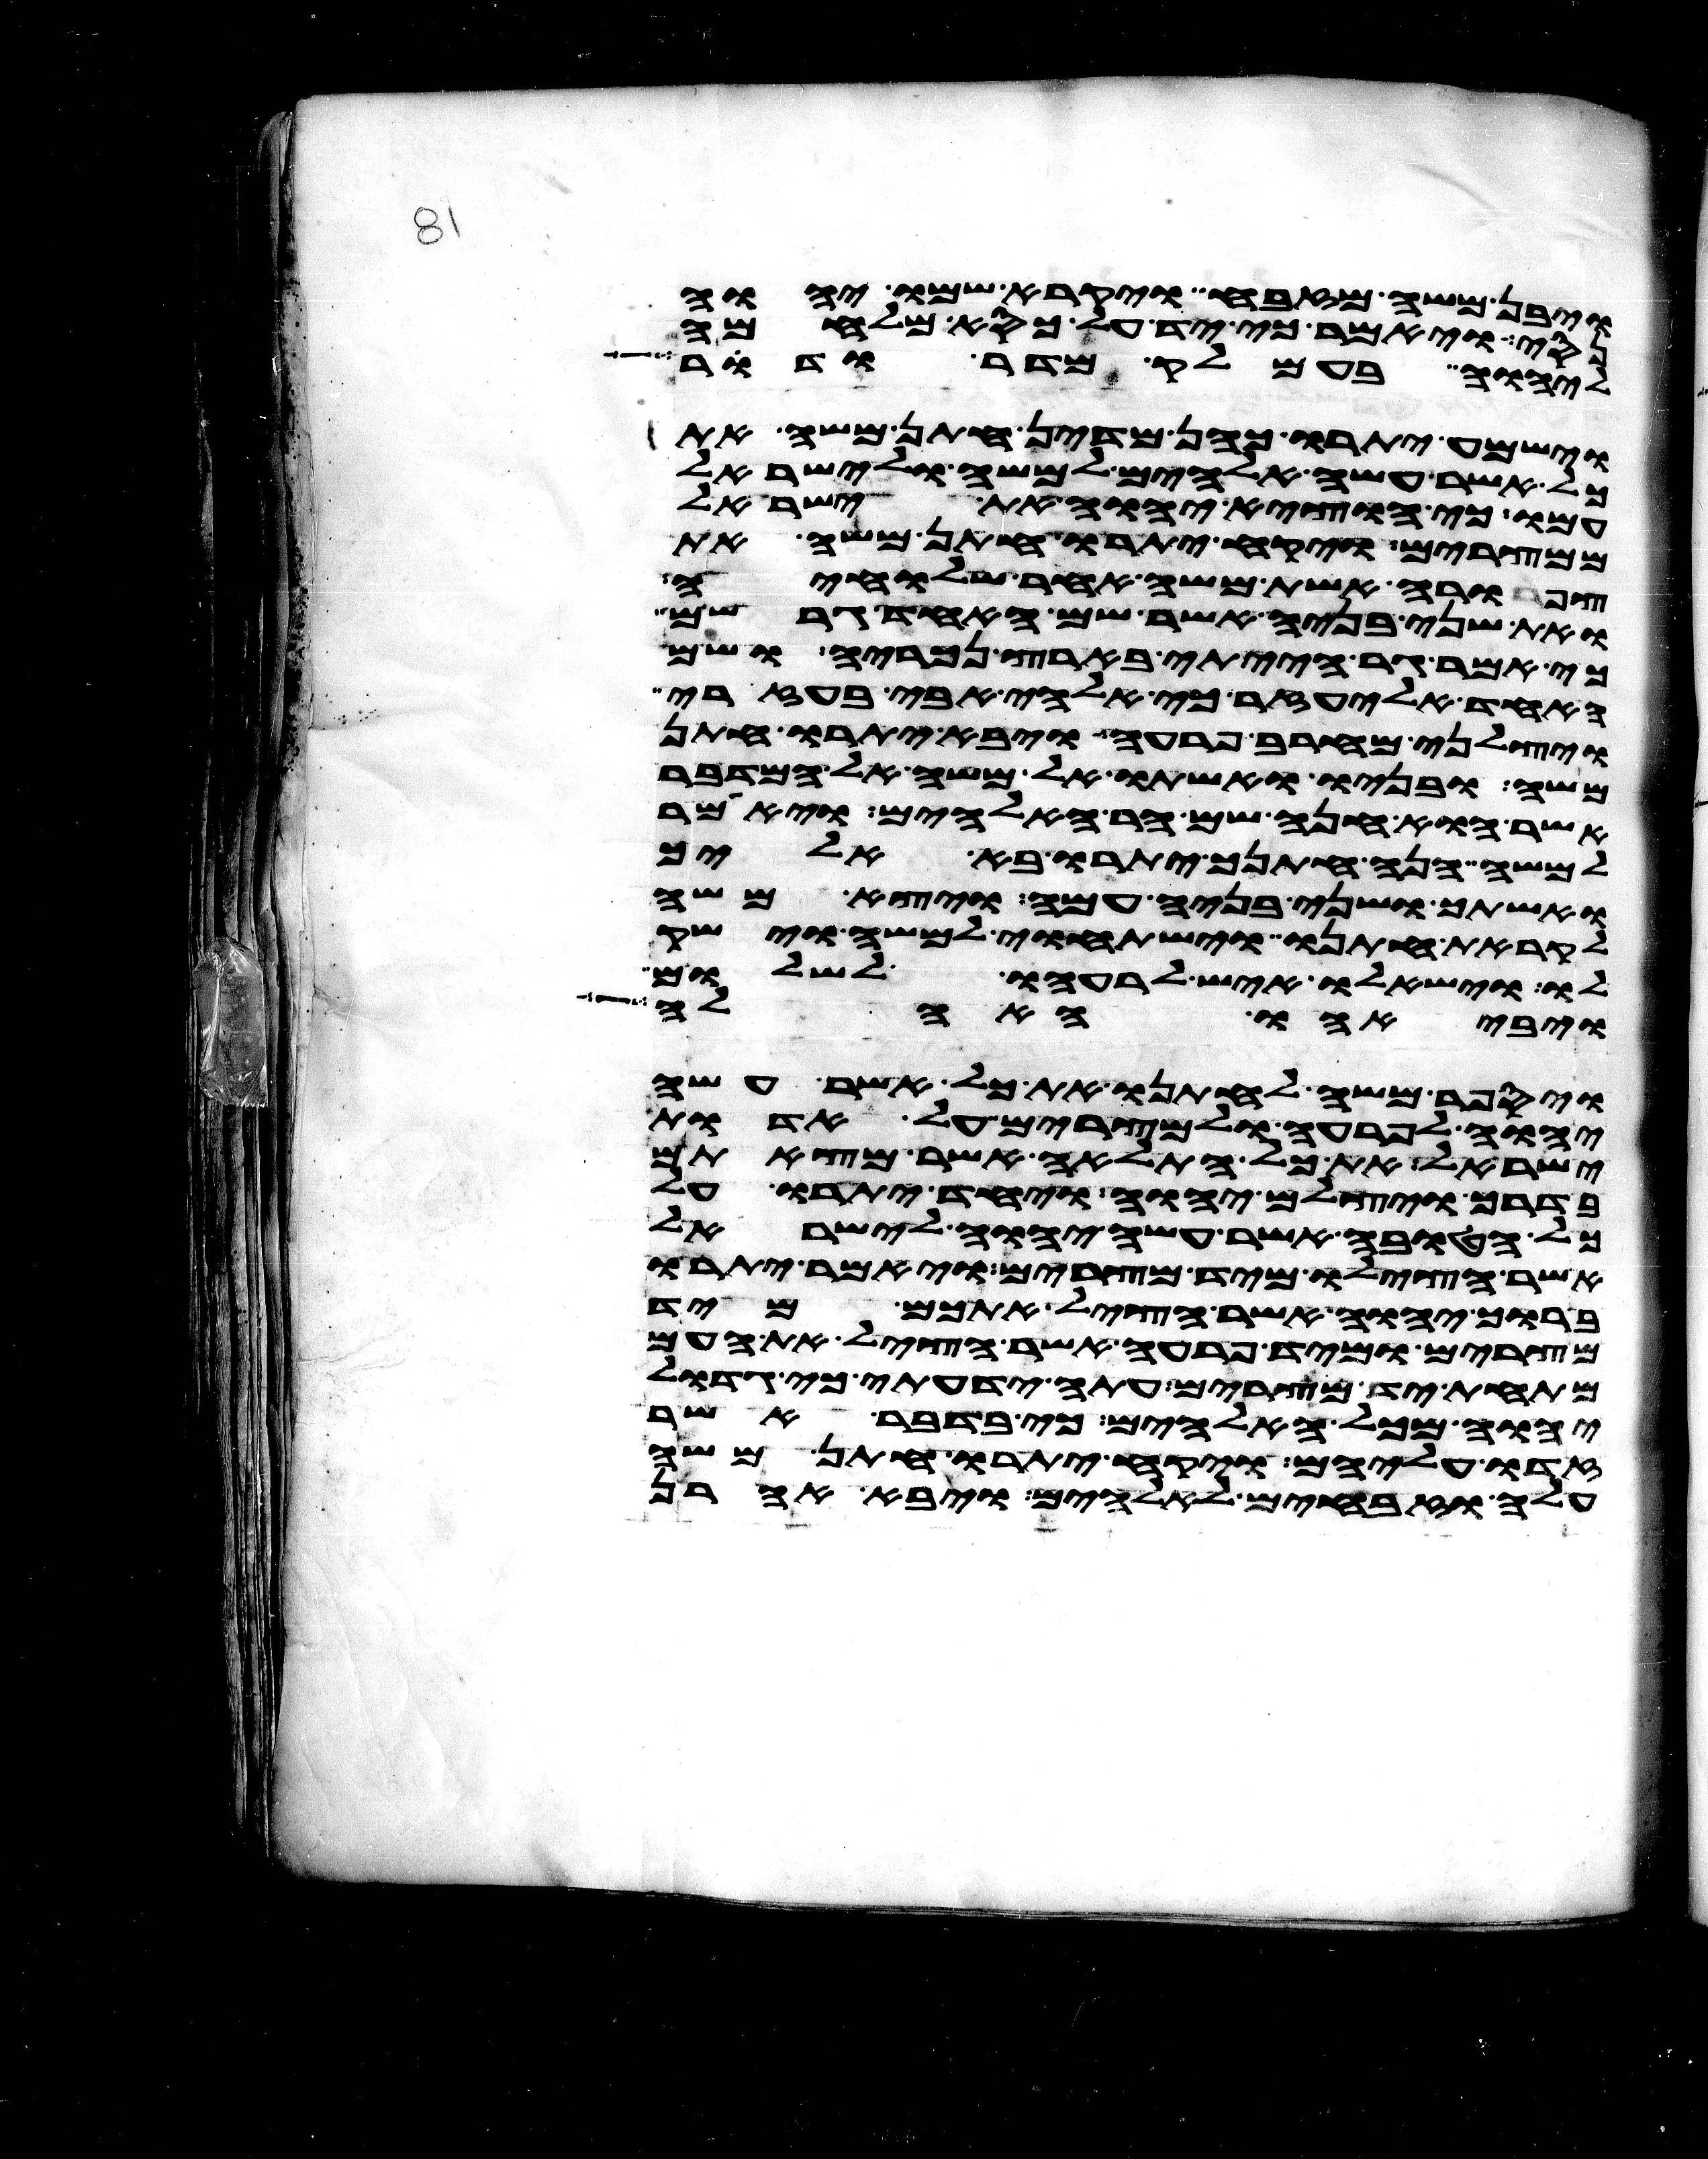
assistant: ויבן משה מזבח ויקרא שמו יהוה
נסי ויאמר כי יד על כסא מלחמה
ליהוה בעמלק מדר ודר
וישמע יתרו כהן מדין חתן משה את
כל אשר עשה אלהים למשה ולישראל
עמו כי הוציא יהוה את ישראל
ממצרים ויקח יתרו חתן משה את
צפורה אשת משה אחר שלחיה
ואת שני בניה אשר שם האחד גרשם
כי אמר גר הייתי בארץ נכריה ושם
האחד אליעזר כי אלהי אבי בעזרי
ויצלני מחרב פרעה ויבא יתרו חתן
משה ובניו ואשתו אל משה אל המדבר
אשר הוא חנה שם הר האלהים ויאמר
למשה הנה חתנך יתרו בא אליך
ואשתך ושני בניה עמה ויצא משה
לקראת חתנו וישתחוי למשה וישק
לו וישאלו איש לרעהו לשלום
ויבאהו האהלה
ויספר משה לחתנו את כל אשר עשה
יהוה לפרעה ולמצרים על אדות
ישראל את כל התלאה אשר מצאתם
בדרך ויצלם יהוה ויחד יתרו על
כל הטובה אשר עשה יהוה לישראל
אשר הצילו מיד מצרים ויאמר יתרו
ברוך יהוה אשר הציל אתכם מיד
מצרים ומיד פרעה אשר הציל את העם
מתחת יד מצרים עתה ידעתי כי גדול
יהוה מכל האלהים כי בדבר אשר
זדו עליהם ויקח יתרו חתן משה
עלה וזבחים לאלהים ויבא אהרן